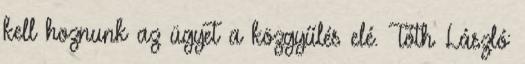
kell hoznunk az ügyet a közgyűlés elé. Tóth László: